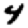
Digit: 4